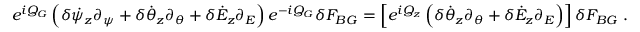
e ^ { i Q _ { G } } \left( \delta \dot { \psi } _ { z } \partial _ { \psi } + \delta \dot { \theta } _ { z } \partial _ { \theta } + \delta \dot { \cal E } _ { z } \partial _ { \cal E } \right) e ^ { - i Q _ { G } } \delta F _ { B G } = \left[ e ^ { i Q _ { z } } \left( \delta \dot { \theta } _ { z } \partial _ { \theta } + \delta \dot { \cal E } _ { z } \partial _ { \cal E } \right) \right] \delta F _ { B G } \; .